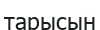
тарысын